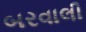
બરવાલી